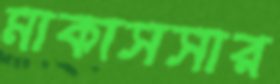
মাকাসসার